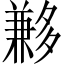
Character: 𡗄